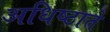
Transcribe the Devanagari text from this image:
अधिष्ठाते